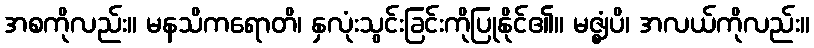
အစကိုလည်း။ မနသိကရောတိ၊ နှလုံးသွင်းခြင်းကိုပြုနိုင်၏။ မဇ္ဈံပိ၊ အလယ်ကိုလည်း။